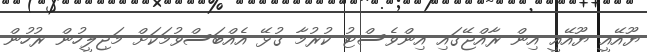
ޔޫއޭއީ ޔޫއޭއީ އިން ރާއްޖޭގައި އިންވެސްޓު ކުރުމާ ގުޅޭ އެއްބަސްވުމަކަށް މަޖިލީހުން ރުހުން